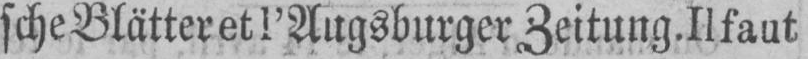
sche Blätter et l’Augsburger Zeitung. Il faut